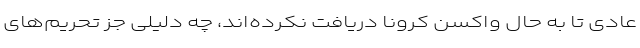
عادی تا به حال واکسن کرونا دریافت نکرده‌اند، چه دلیلی جز تحریم‌های